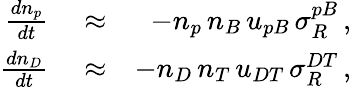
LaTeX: \begin{array}{rlr}{\frac{dn_{p}}{dt}}&{{}\approx}&{-n_{p}\, n_{B}\, u_{pB}\, \sigma_{R}^{pB}\, ,}\\ {\frac{dn_{D}}{dt}}&{{}\approx}&{-n_{D}\, n_{T}\, u_{DT}\, \sigma_{R}^{DT}\, ,}\end{array}